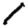
Digit: 1